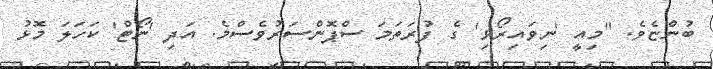
ބުންޏެވެ. "މިއީ 'ނިވައިރޯޅި' ގެ ފުރަތަމަ ސްޕޮންސަރުވެސްމެ. އަދި 'ނޯޓް' ކަހަލަ މޮޅު